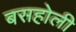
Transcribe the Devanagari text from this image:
बसहोली